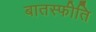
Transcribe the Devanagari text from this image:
बातस्फीति